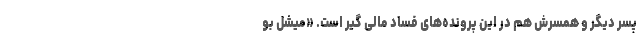
پسر دیگر و همسرش هم در این پرونده‌های فساد مالی گیر است. «میشل بو